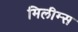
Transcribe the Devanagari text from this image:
मिलीम्स